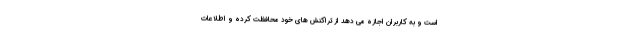
است و به کاربران اجازه می دهد از تراکنش های خود محافظت کرده و اطلاعات